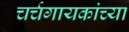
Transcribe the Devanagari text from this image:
चर्चगायकांच्या